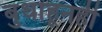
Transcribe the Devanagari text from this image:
बुधाहूनही